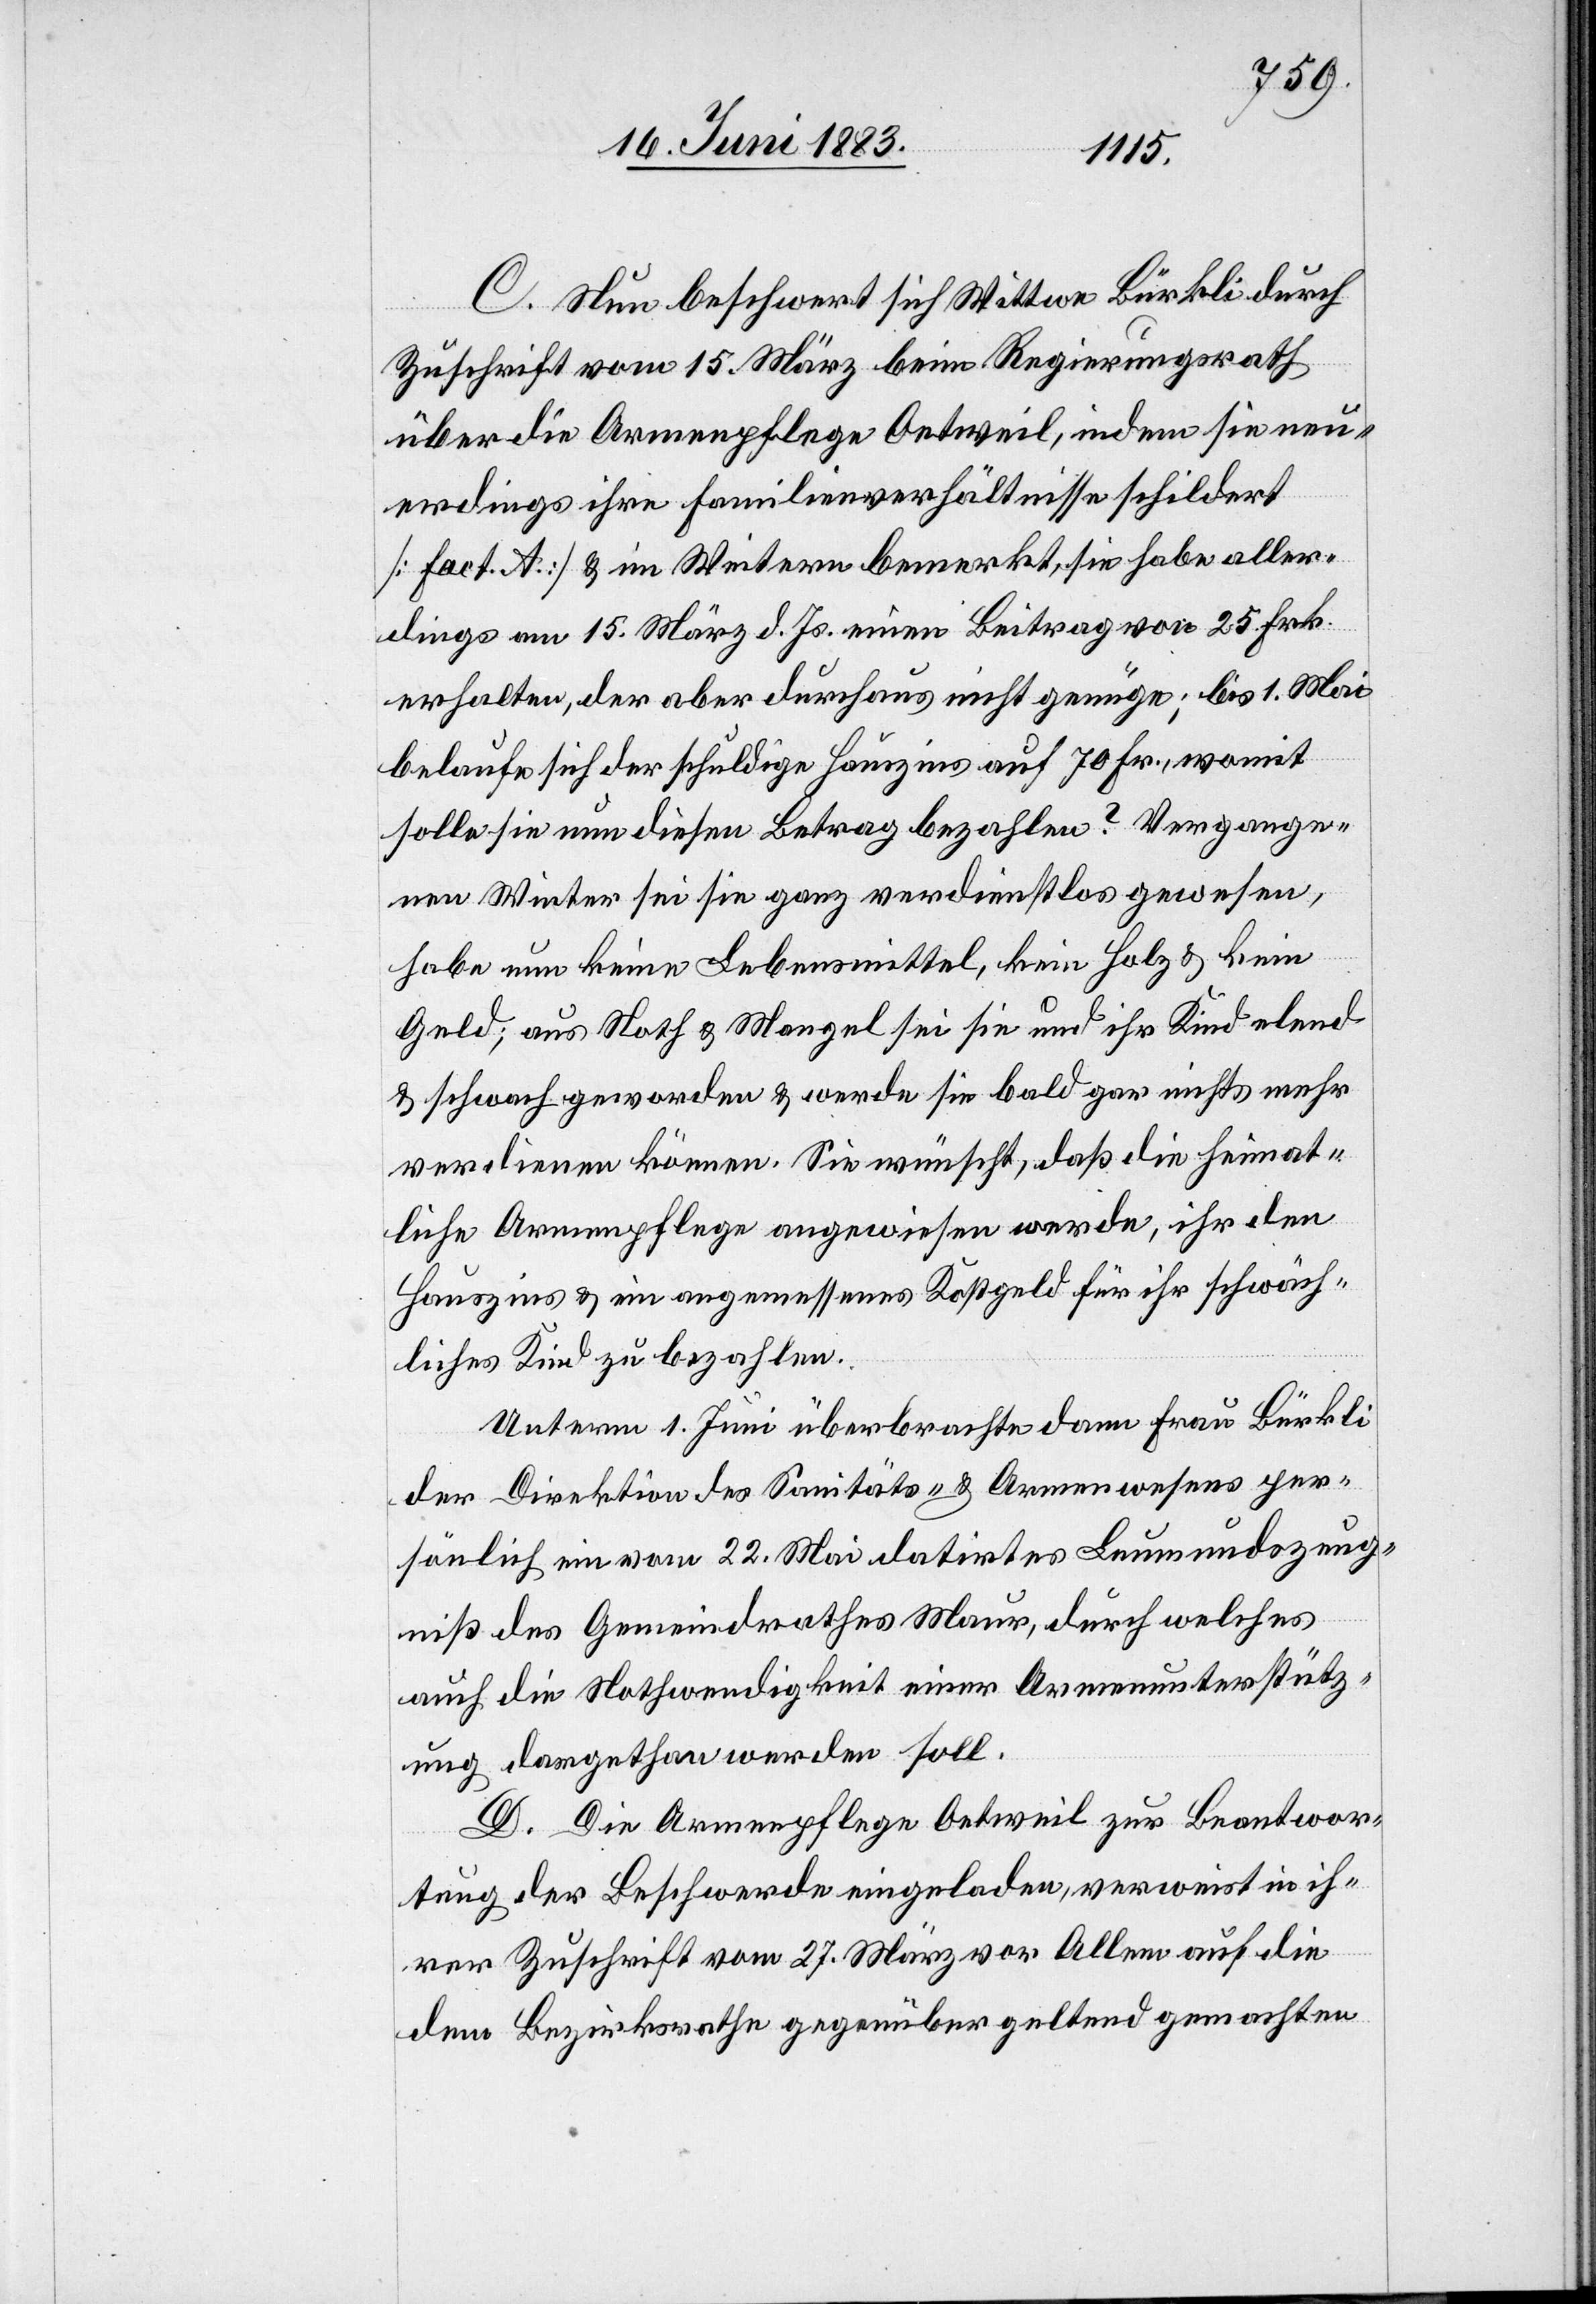
C. Nun beschwert sich Wittwe Bürkli durch
Zuschrift vom 15. März beim Regierungsrath
über die Armenpflege Oetweil, indem sie neu¬
erdings ihre Familienverhältnisse schildert
[Fact. A] & im Weitern bemerkt, sie habe aller¬
dings am 15. März d. Js. einen Beitrag von 25 Frk.
erhalten, der aber durchaus nicht genüge; bis 1. Mai
belaufe sich der schuldige Hauszins auf 70 Fr., womit
solle sie nun diesen Betrag bezahlen? Vergange¬
nen Winter sei sie ganz verdienstlos gewesen,
habe um (nun?) keine Lebensmittel, keine Holz & kein
Geld; aus Noth & Mangel sei sie und ihr Kind elend
& schwach geworden & werde sie bald gar nichts mehr
verdienen können. Sie wünscht, daß die heimat¬
liche Armenpflege angewiesen werde, ihr den
Hauszins & ein angemessenes Kostgeld für ihr schwäch¬
liches Kind zu bezahlen.
Unterm 1. Juni überbrachte dann Frau Bürkli
der Direktion des Sanitäts- & Armenwesens per¬
sönlich ein vom 22. Mai datirtes Leumundszeug¬
nis des Gemeindrathes Maur, durch welches
auch die Nothwendigkeit einer Armenunterstütz¬
ung dargethan werden soll.
D. Die Armenpflege Oetweil zur Beantwor¬
tung der Beschwerde eingeladen, verweist in ih¬
rer Zuschrift vom 27. März vor Allem auf die
dem Bezirksrathe gegenüber geltend gemachten